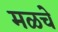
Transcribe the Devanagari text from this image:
मळचे